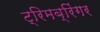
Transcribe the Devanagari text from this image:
ट्रिमब्रिंगर